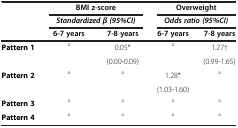
| <ROWSPAN=2>  | <COLSPAN=2> BMI z-score | <COLSPAN=2> Overweight |
 | <COLSPAN=2> Standardized β (95%CI) | <COLSPAN=2> Odds ratio (95%CI) |
 |  | 6-7 years | 7-8 years | 6-7 years | 7-8 years |
 | --- | --- | --- | --- | --- |
 | <ROWSPAN=2> Pattern 1 | <ROWSPAN=2> a | 0.05* | <ROWSPAN=2> a | 1.27† |
 | (0.00-0.09) | (0.99-1.65) |
 | <ROWSPAN=2> Pattern 2 | <ROWSPAN=2> a | <ROWSPAN=2> a | 1.28* | <ROWSPAN=2> a |
 | (1.03-1.60) |
 | Pattern 3 | a | a | a | a |
 | Pattern 4 | a | a | a | a |